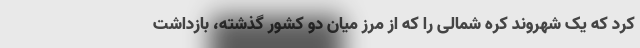
کرد که یک شهروند کره شمالی را که از مرز میان دو کشور گذشته، بازداشت